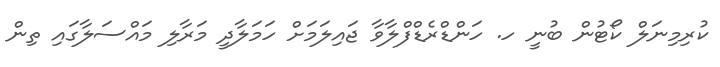
ކުރިމިނަލް ކޯޓުން ބުނީ ހ. ހަންޑްރެޑްފްލާވާ ޖައިލަމަށް ހަމަލާދީ މަރާލި މައްސަލާގައި ތިން